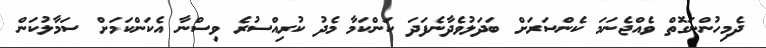
ދެމިހުންނަގޮތް ވެއްޖެނަމަ ކެންސަރަށް ބަދަލުވެދާނެފަދަ ކަންކަމާ މެދު ކުރިއްސުރެ ވިސްނާ އެކަންކަމަށް ސަމާލުކަން